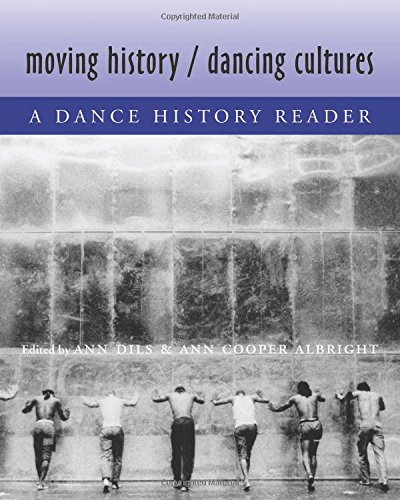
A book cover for Moving History/Dancing Cultures: A Dance History Reader; Humor & Entertainment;